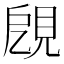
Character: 𧠞